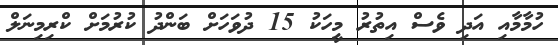
ހުމާމާއި އަދި ވެސް އިތުރު މީހަކު 15 ދުވަހަށް ބަންދު ކުރުމަށް ކްރިމިނަލް